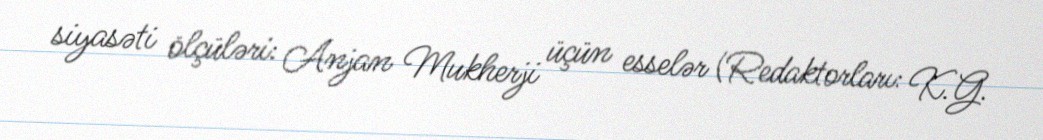
siyasəti ölçüləri: Anjan Mukherji üçün esselər (Redaktorları: K.G.